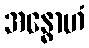
အန္ဓောဟံ